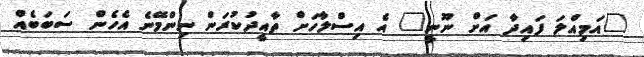
"އަމިއްލަ ފައިދާ އަށް ނޫނީ" އެ އިސްލާހަށް ތާއީދުކުރަން ނިންމޭނެ އެހެން ސަބަބެއް